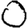
Digit: 0